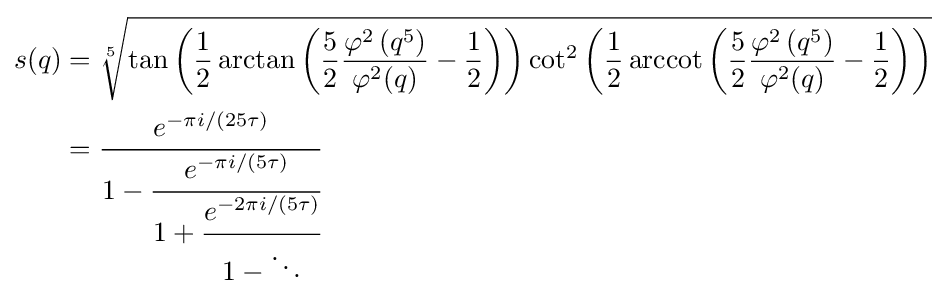
{\begin{aligned}s(q)&={\sqrt[{5}]{\tan \left({\frac {1}{2}}\arctan \left({\frac {5}{2}}{\frac {\varphi ^{2}\left(q^{5}\right)}{\varphi ^{2}(q)}}-{\frac {1}{2}}\right)\right)\cot ^{2}\left({\frac {1}{2}}\operatorname {arccot} \left({\frac {5}{2}}{\frac {\varphi ^{2}\left(q^{5}\right)}{\varphi ^{2}(q)}}-{\frac {1}{2}}\right)\right)}}\\&={\cfrac {e^{-\pi i/(25\tau )}}{1-{\cfrac {e^{-\pi i/(5\tau )}}{1+{\cfrac {e^{-2\pi i/(5\tau )}}{1-\ddots }}}}}}\end{aligned}}